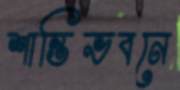
শান্তিভবনে